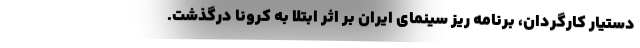
دستیار کارگردان، برنامه ریز سینمای ایران بر اثر ابتلا به کرونا درگذشت.